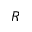
R